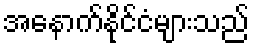
အနောက်နိုင်ငံများသည်